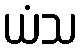
ယံသ